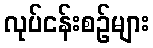
လုပ်ငန်းစဉ်များ